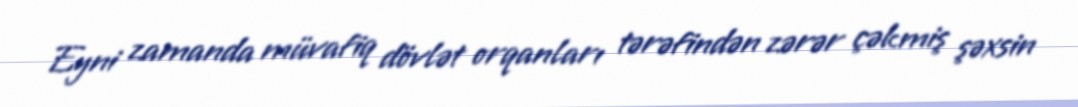
Eyni zamanda müvafiq dövlət orqanları tərəfindən zərər çəkmiş şəxsin